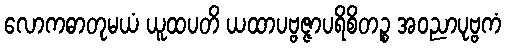
လောကဓာတုမယံ ယူထပတိ ယထာပဗ္ဗဇ္ဇာပရိစိတဉ္စ အဝညာပုဗ္ဗကံ